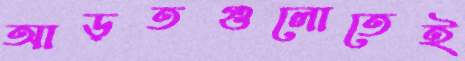
আড়তগুলোতেই